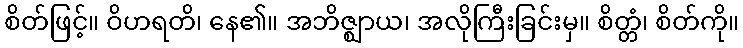
စိတ်ဖြင့်။ ဝိဟရတိ၊ နေ၏။ အဘိဇ္ဈာယ၊ အလိုကြီးခြင်းမှ။ စိတ္တံ၊ စိတ်ကို။